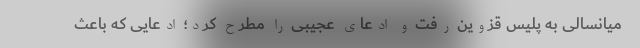
میانسالی به پلیس قزوین رفت و ادعای عجیبی را مطرح کرد؛ ادعایی که باعث